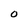
Character: O